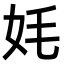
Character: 㚪